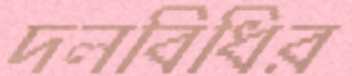
দলবিধির